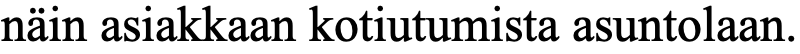
näin asiakkaan kotiutumista asuntolaan.